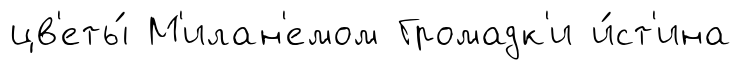
цв'еты́ М'илан'емом Громадк'и и́ст'ина